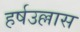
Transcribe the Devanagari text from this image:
हर्षउल्लास